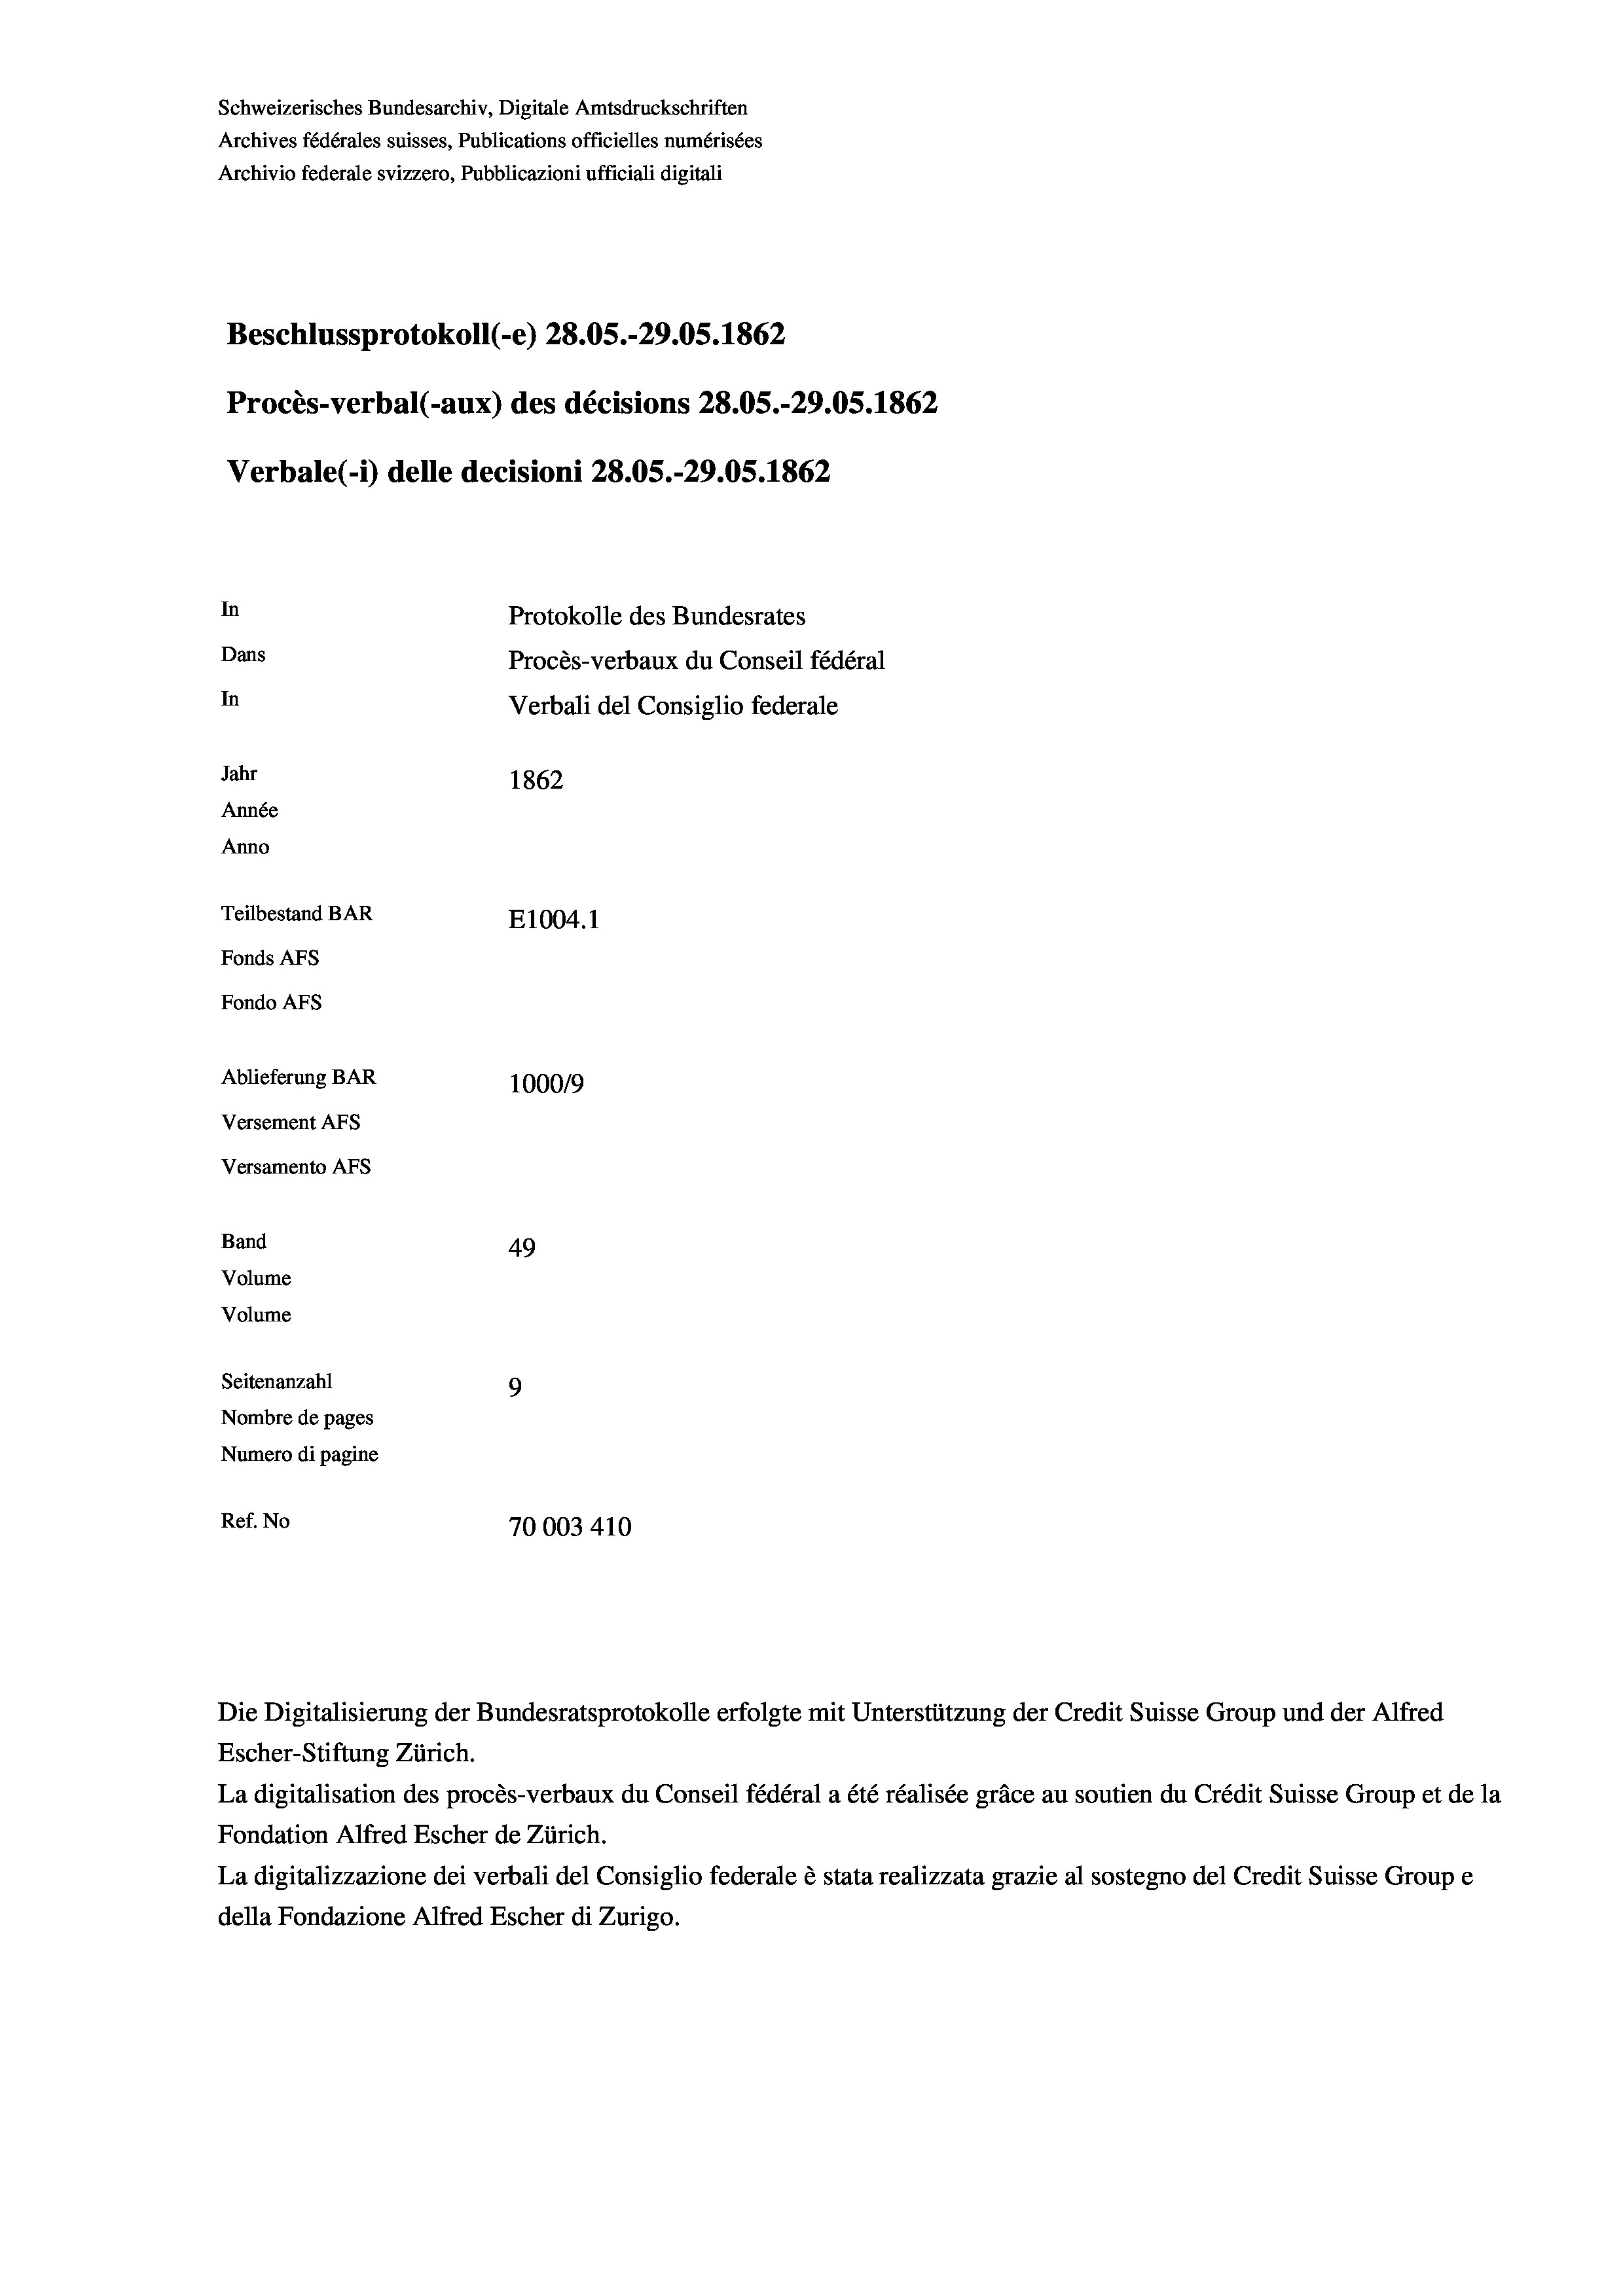
Schweizerisches Bundesarchiv, Digitale Amtsdruckschriften
Archives fédérales suisses, Publications officielles numérisées
Archivio federale svizzero, Pubblicazioni ufficiali digitali
Beschlussprotokoll (-e) 28.05.-29.05. 1862
Procès-verbal (-aux) des décisions 28.05.-29.05. 1862
Verbale(-*) delle decisioni 28.05.-29.05. 1862
In
Protokolle des Bundesrates
Dans
Procès-verbaux du Conseil fédéral
In
Verbali del Consiglio federale
Jahr
1862
Année
Anno
Teilbestand BAR
E1004. 1
Fonds AFs
Fondo Afs
Ablieferung BAR
100019
Versement AFs
Versamento Afs
Band
49
Volume
Volume
Seitenanzahl
9
Nombre de pages
Numero di pagine
Ref. No
70003 410

Escher-Stiftung Zürich.
La digitalisation des procès-verbaux du Conseil fédéral a été réalisée gräce au soutien du Crédit Suisse Group et de la
Fondation Alfred Escher de Zürich.
La digitalizzazione dei verbali del Consiglio federale è stata realizzata grazie al sostegno del Credit Suisse Groupe
della Fondazione Alfred Escher di Zurigo.

Die Digitalisierung der Bundesratsprotokolle erfolgte mit Unterstützung der Credit Suisse Group und der Alfred